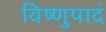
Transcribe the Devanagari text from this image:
विष्णुपादं